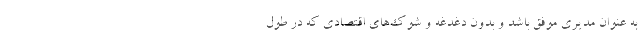
به عنوان مدیری موفق باشد و بدون دغدغه و شوک‌های اقتصادی که در طول